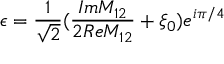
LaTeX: \epsilon = \frac { 1 } { \sqrt { 2 } } ( \frac { I m M _ { 1 2 } } { 2 R e M _ { 1 2 } } + \xi _ { 0 } ) e ^ { i \pi / 4 }